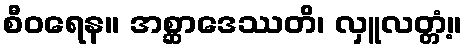
စီဝရေန။ အစ္ဆာဒေဿတိ၊ လှူလတ္တံ့။